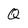
Character: Q